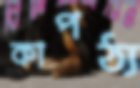
কাপঠ্য